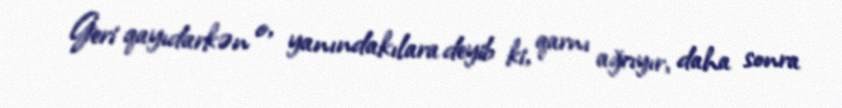
Geri qayıdarkən o, yanındakılara deyib ki, qarnı ağrıyır, daha sonra